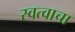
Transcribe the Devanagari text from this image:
स्वत्वाचा